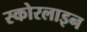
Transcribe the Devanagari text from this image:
स्कोरलाइन